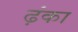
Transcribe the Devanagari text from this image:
ढ़ंका